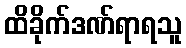
ထိခိုက်ဒဏ်ရာရသူ